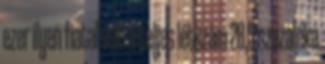
ezer ilyen fiatal volt a teljes létszám 28,5 százaléka